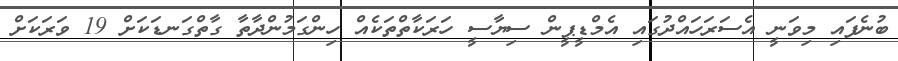
ބުނެފައި މިވަނީ އެސަރަހައްދުގައި އެމްޑީޕީން ސިޔާސީ ހަރަކާތްތަކެއް ހިންގަމުންދާތާ ގާތްގަނޑަކަށް 19 ވަރަކަށް